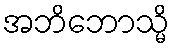
အဘိဘောသ္မိ